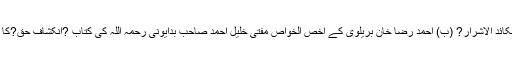
اس کو واضح کیجیے اور اس مراد کو لکھنے سے قبل اگر (الف) ?براء ة الابرار عن مکائد الاشرار? (ب) احمد رضا خان بریلوی کے اخص الخواص مفتی خلیل احمد صاحب بدایونی رحمہ اللہ کی کتاب ?انکشافِ حق?کا مطالعہ بغور کرلیں، تو ان شاء اللہ حقیقت آپ پر بھی اچھی طرح منکشف ہوجائے گی۔